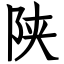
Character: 陕